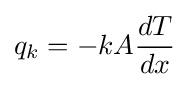
q_{k}=-kA{\frac {dT}{dx}}